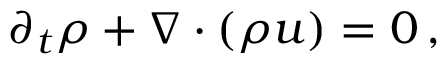
\partial _ { t } \rho + \nabla \cdot ( \rho u ) = 0 \, ,